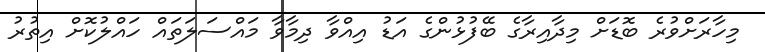
މިހާރަށްވުރެ ބޮޑަށް މިދާއިރާގެ ބޭފުޅުންގެ އަޑު އިއްވާ ދިމާވާ މައްސަލަތައް ހައްލުކޮށް އިތުރު